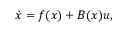
{ \dot { x } } = f ( x ) + B ( x ) u ,